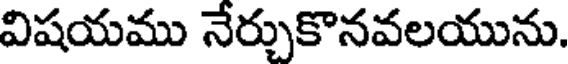
విషయము నేర్చుకొనవలయును.